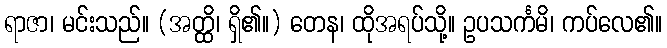
ရာဇာ၊ မင်းသည်။ (အတ္ထိ၊ ရှိ၏။) တေန၊ ထိုအရပ်သို့။ ဥပသင်္ကမိ၊ ကပ်လေ၏။